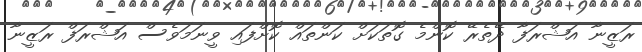
ރަޒީނާ އަޝްރަފާ ދޭތެރޭ ކޮންމެ ގޮތަކަށް ކަންތައް ކޮށްފައި ވީނަމަވެސް އަޝްރަފް ރަޒީނާ